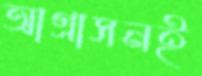
আগ্রাসনই